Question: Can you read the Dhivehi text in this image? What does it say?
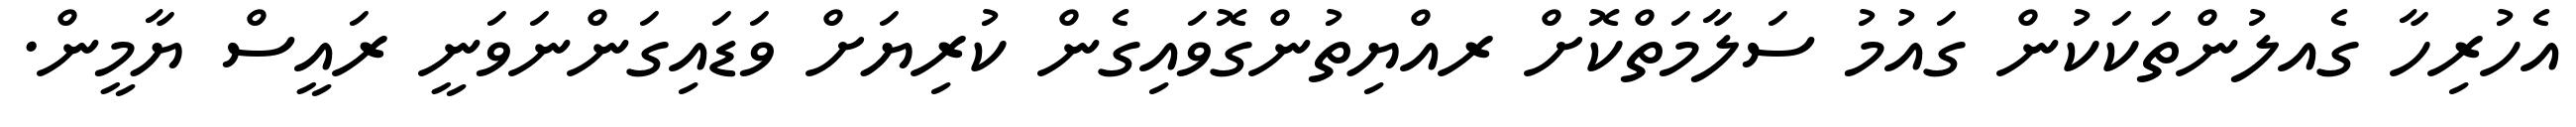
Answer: އެހުރިހާ ގެއލުންތަކަކުން ގައުމު ސަލާމަތްކޮށް ރއްޔިތުންގޮވައިގެން ކުރިޔަށް ވަޑައިގަންނަވަނީ ރައީސް ޔާމީން.